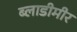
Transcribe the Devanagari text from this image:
ब्लाडीमीर